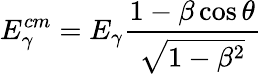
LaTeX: E_{\gamma}^{cm}=E_{\gamma}\frac{1-\beta\cos{\theta}}{\sqrt{1-\beta^{2}}}